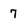
Character: 7